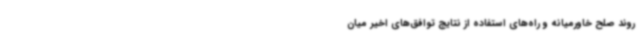
روند صلح خاورمیانه و راه‌های استفاده از نتایج توافق‌های اخیر میان